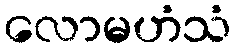
လောမဟံသံ